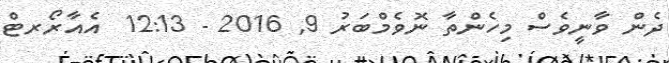
ދެން ވާނީވެސް މިހެންތާ ނޮވެމްބަރު 9